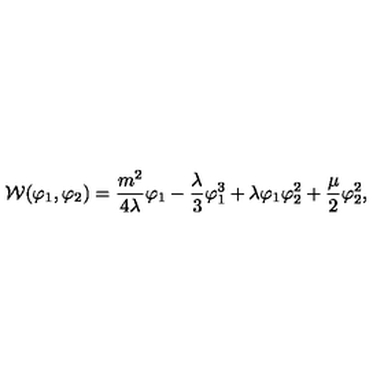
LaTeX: { \cal W } ( \varphi _ { 1 } , \varphi _ { 2 } ) = \frac { m ^ { 2 } } { 4 \lambda } \varphi _ { 1 } - \frac { \lambda } { 3 } \varphi _ { 1 } ^ { 3 } + \lambda \varphi _ { 1 } \varphi _ { 2 } ^ { 2 } + \frac { \mu } { 2 } \varphi _ { 2 } ^ { 2 } ,